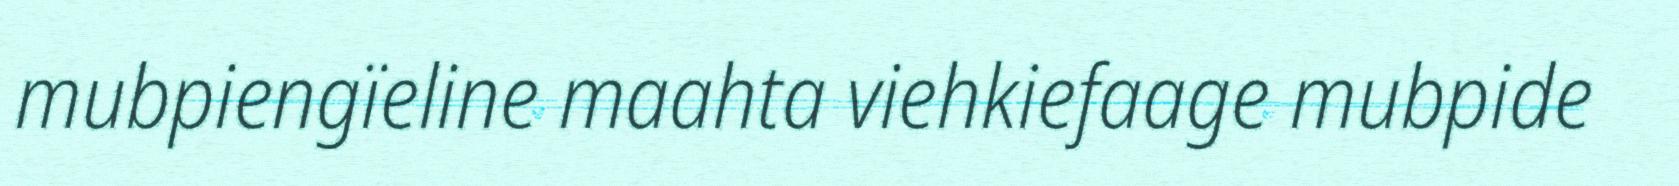
mubpiengïeline maahta viehkiefaage mubpide